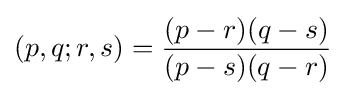
(p,q;r,s)={\frac {(p-r)(q-s)}{(p-s)(q-r)}}